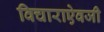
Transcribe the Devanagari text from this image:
विचाराऐवजी